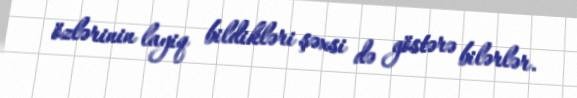
özlərinin layiq bildikləri şəxsi də göstərə bilərlər.